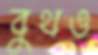
বুথও